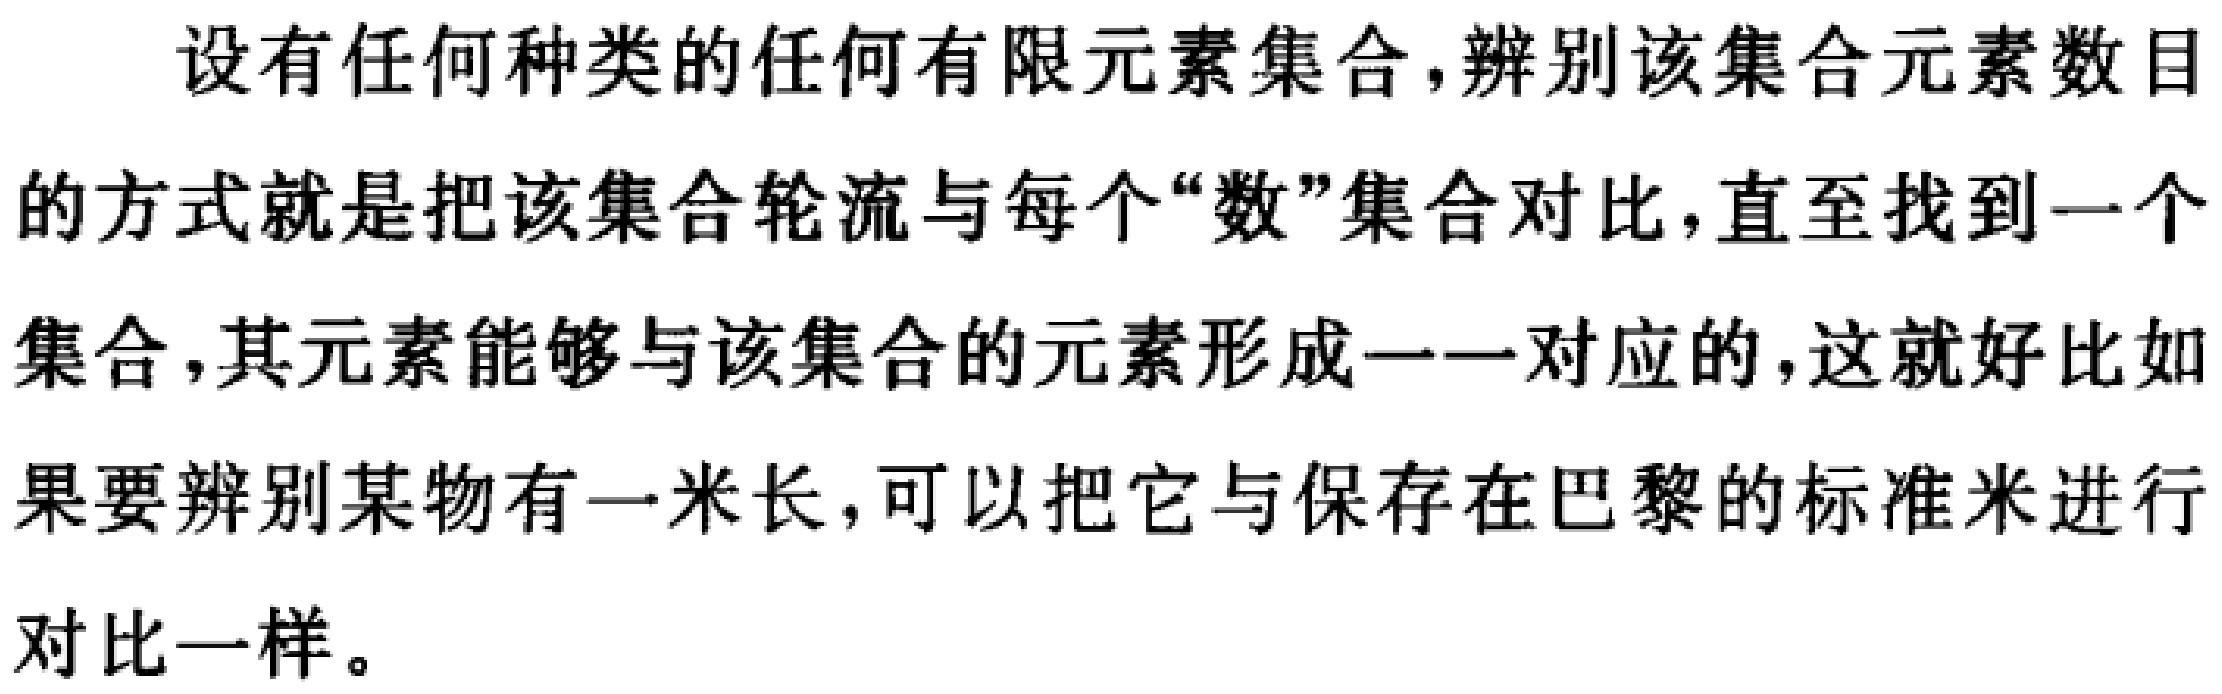
设有任何种类的任何有限元素集合，辨别该集合元素数目的方式就是把该集合轮流与每个“数”集合对比，直至找到一个集合，其元素能够与该集合的元素形成一一对应的，这就好比如说如果要辨别某物有一米长，可以把它与保存在巴黎的标准米进行对比一样。